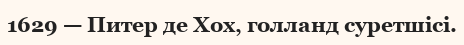
1629 — Питер де Хох, голланд суретшісі.